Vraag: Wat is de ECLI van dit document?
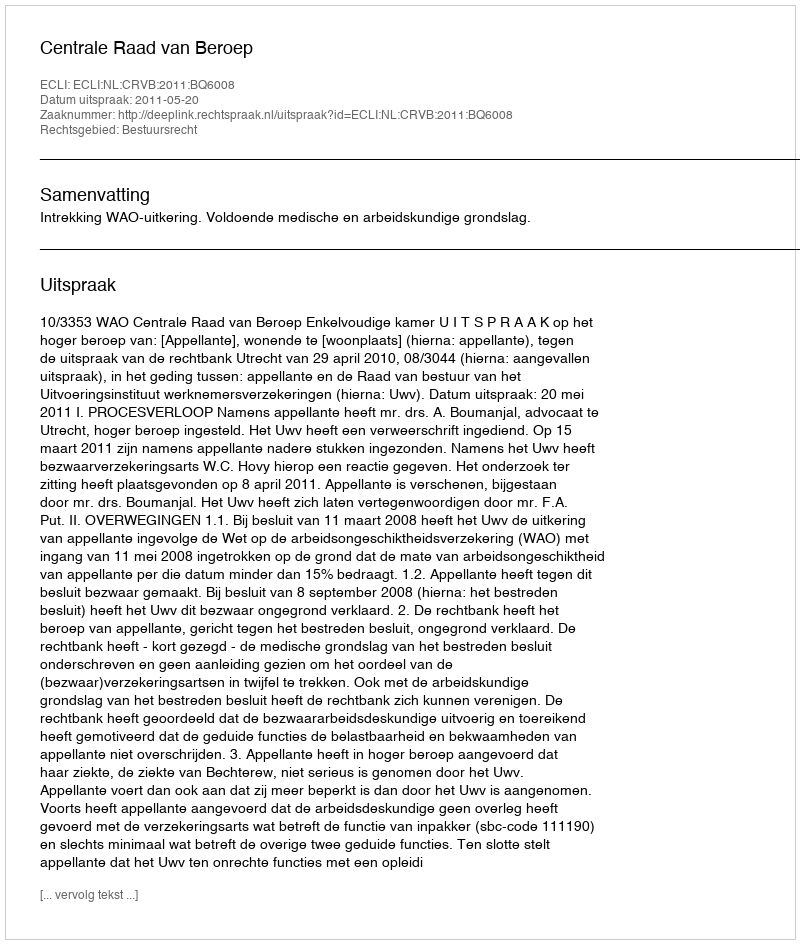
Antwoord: ECLI:NL:CRVB:2011:BQ6008